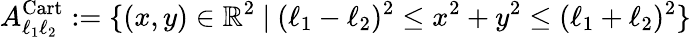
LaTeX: A_{\ell_{1}\ell_{2}}^{\mathrm{Cart}}:=\{ (x,y)\in\mathbb{R}^{2}\ |\ (\ell_{1}-\ell_{2})^{2}\leq x^{2}+y^{2}\leq(\ell_{1}+\ell_{2})^{2}\}